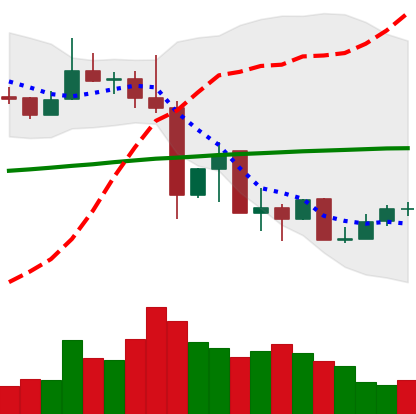
Ticker: XLM-USD
Chart end date: 2019-07-08
Forward return: -9.098%
Label: down_7plus